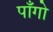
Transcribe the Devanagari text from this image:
पाँगो